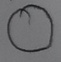
Text: O